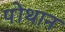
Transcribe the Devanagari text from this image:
पोंथान